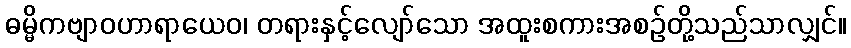
ဓမ္မိကဗျာဝဟာရာယေဝ၊ တရားနှင့်လျော်သော အထူးစကားအစဉ်တို့သည်သာလျှင်။